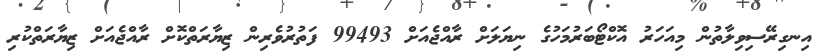
އިނގިރޭސިވިލާތުން މިއަހަރު އޮކްޓޯބަރުމަހުގެ ނިޔަލަށް ރާއްޖެއަށް 99493 ފަތުރުވެރިން ޒިޔާރަތްކޮށް ރާއްޖެއަށް ޒިޔާރަތްކުރި